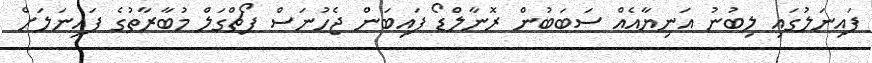
ފައިނަލުގައި ލިބުނު އަނިޔާއެއް ސަބަބުން ރޮނާލްޑޯ ފައިބަން ޖެހުނަސް ޕޯޗްގަލް މުބާރާތުގެ ފައިނަލަށް